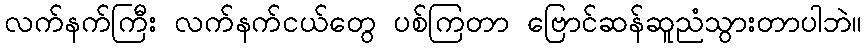
လက်နက်ကြီး လက်နက်ငယ်တွေ ပစ်ကြတာ ဗြောင်ဆန်ဆူညံသွားတာပါဘဲ။